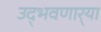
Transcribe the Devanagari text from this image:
उद्‌भवणार्‍या